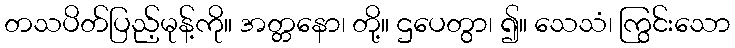
တသပိတ်ပြည့်မုန့်ကို။ အတ္တနော၊ တို့။ ဌပေတွာ၊ ၍။ သေသံ၊ ကြွင်းသော